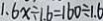
1 . 6 x \div 1 6 = 1 6 0 \div 1 . 6